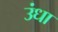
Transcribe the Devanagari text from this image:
उंधा